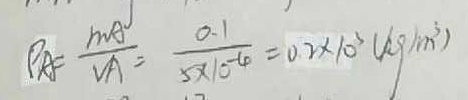
\rho _ { A } = \frac { m _ { A } } { V _ { A } } = \frac { 0 . 1 } { 5 \times 1 0 ^ { - 4 } } = 0 . 2 \times 1 0 ^ { 3 } ( k g / c m ^ { 3 } )